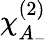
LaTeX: \chi_{A_{-}}^{(2)}